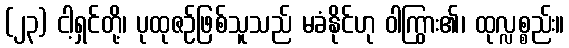
(၂၃) ငါ့ရှင်တို့၊ ပုထုဇဉ်ဖြစ်သူသည် မခံနိုင်ဟု ဝါကြွား၏၊ ထုလ္လစ္စည်း။